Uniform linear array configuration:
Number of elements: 32
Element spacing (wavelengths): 0.75
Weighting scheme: hann
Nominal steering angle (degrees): -45
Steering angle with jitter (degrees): -44.426
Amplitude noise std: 0.05
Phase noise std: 0.05

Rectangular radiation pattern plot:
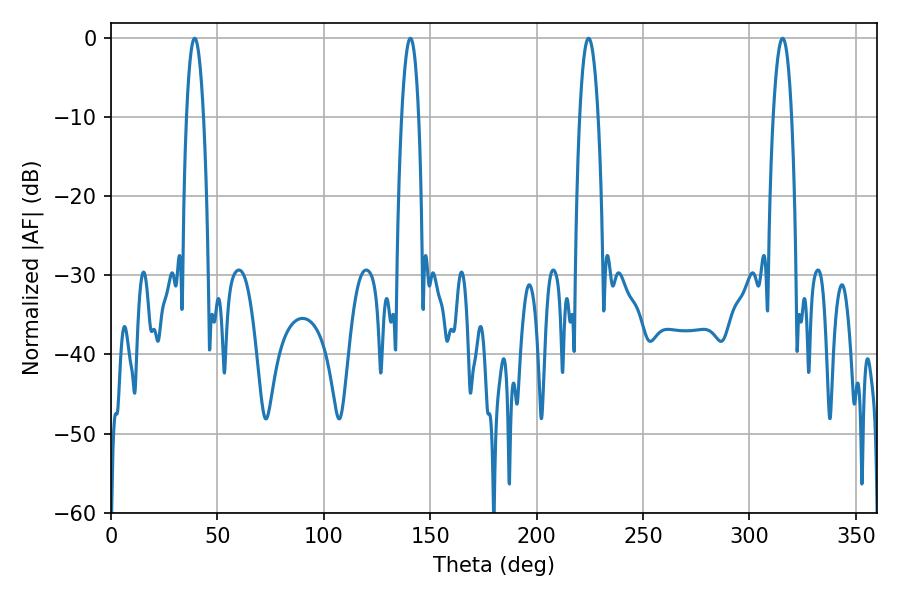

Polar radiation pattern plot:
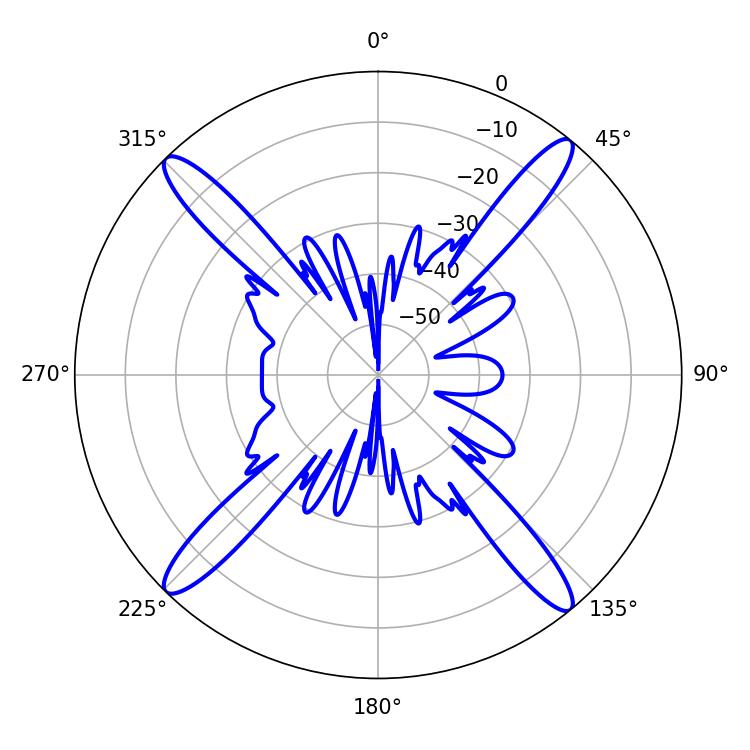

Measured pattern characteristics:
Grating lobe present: TRUE
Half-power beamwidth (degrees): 4.68
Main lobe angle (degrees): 224.46